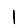
Digit: 1